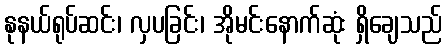
နုနယ်ရုပ်ဆင်း၊ လှပခြင်း၊ အိုမင်းနောက်ဆုံး ရှိချေသည်